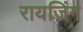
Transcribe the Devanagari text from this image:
रायजिंग